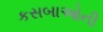
કસબાઓની